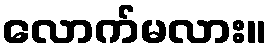
လောက်မလား။